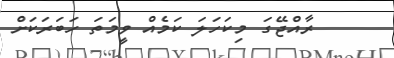
ރާއްޖޭގަ މިކަހަލަ ކަމެއް ވީމަތަ ހަބަރަކަށް